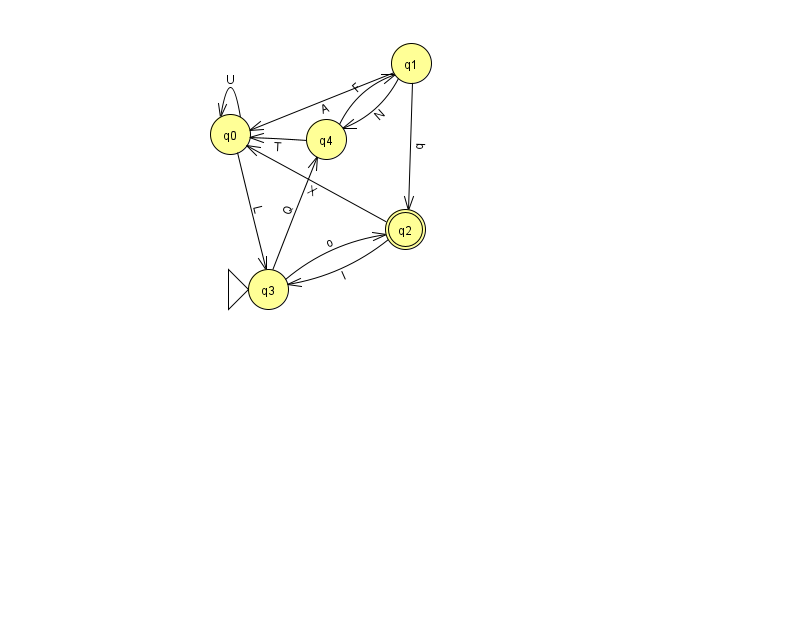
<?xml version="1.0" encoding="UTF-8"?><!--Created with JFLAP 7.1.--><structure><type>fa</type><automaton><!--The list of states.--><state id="0" name="q0"><x>230.0</x><y>121.0</y></state><state id="1" name="q1"><x>411.0</x><y>50.0</y></state><state id="2" name="q2"><x>405.0</x><y>216.0</y><final/></state><state id="3" name="q3"><x>268.0</x><y>276.0</y><initial/></state><state id="4" name="q4"><x>326.0</x><y>126.0</y></state><!--The list of transitions.--><transition><from>0</from><to>3</to><read>L</read></transition><transition><from>4</from><to>0</to><read>T</read></transition><transition><from>2</from><to>0</to><read>X</read></transition><transition><from>4</from><to>1</to><read>F</read></transition><transition><from>0</from><to>0</to><read>U</read></transition><transition><from>1</from><to>0</to><read>A</read></transition><transition><from>1</from><to>2</to><read>q</read></transition><transition><from>2</from><to>3</to><read>I</read></transition><transition><from>3</from><to>4</to><read>Q</read></transition><transition><from>1</from><to>4</to><read>N</read></transition><transition><from>3</from><to>2</to><read>o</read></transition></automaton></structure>